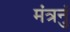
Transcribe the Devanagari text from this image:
मंत्रनुं